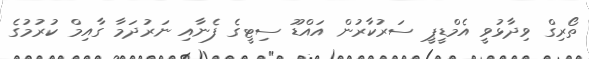
ތޯރިގް ވިދާޅުވީ އެމްޑީޕީ ސަރުކާރުން އައްޑޫ ސިޓީގެ ފެނާއި ނަރުދަމާ ގާއިމް ކުރުމުގެ